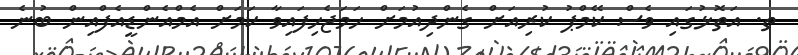
ތ. އަތޮޅުގައި ވެސް ކޭމްޕު ކުރިއަށް ގެންދިއުމަށް ހަމަޖެހިފައިވާ ކަމަށް އެމްއެންޑީއެފްއިން ބުނެ